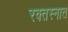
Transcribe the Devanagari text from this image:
रक्तस्नात